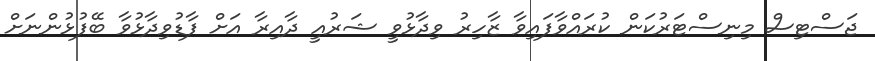
ޖަސްޓިސް މިނިސްޓަރުކަން ކުރައްވާފައިވާ ޒާހިރު ވިދާޅުވީ ޝަރުއީ ދާއިރާ އަށް ފާޑުވިދާޅުވާ ބޭފުޅުންނަށް